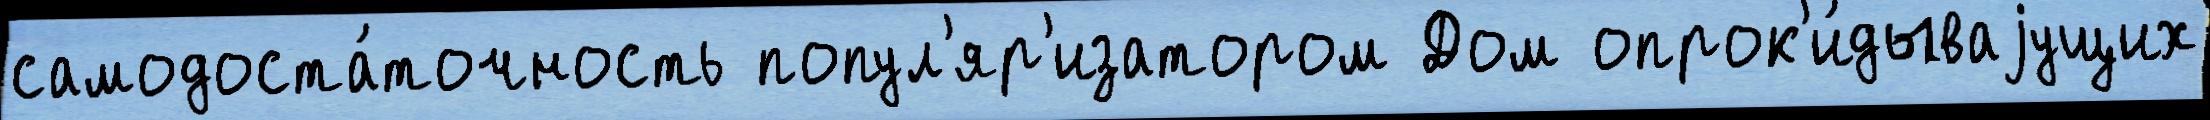
самодоста́точность попул'яр'изатором Дом опрок'и́дываjущих